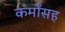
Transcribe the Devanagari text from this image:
कर्मांसह